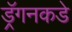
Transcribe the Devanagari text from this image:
ड्रॅगनकडे